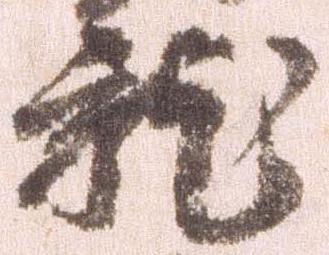
就